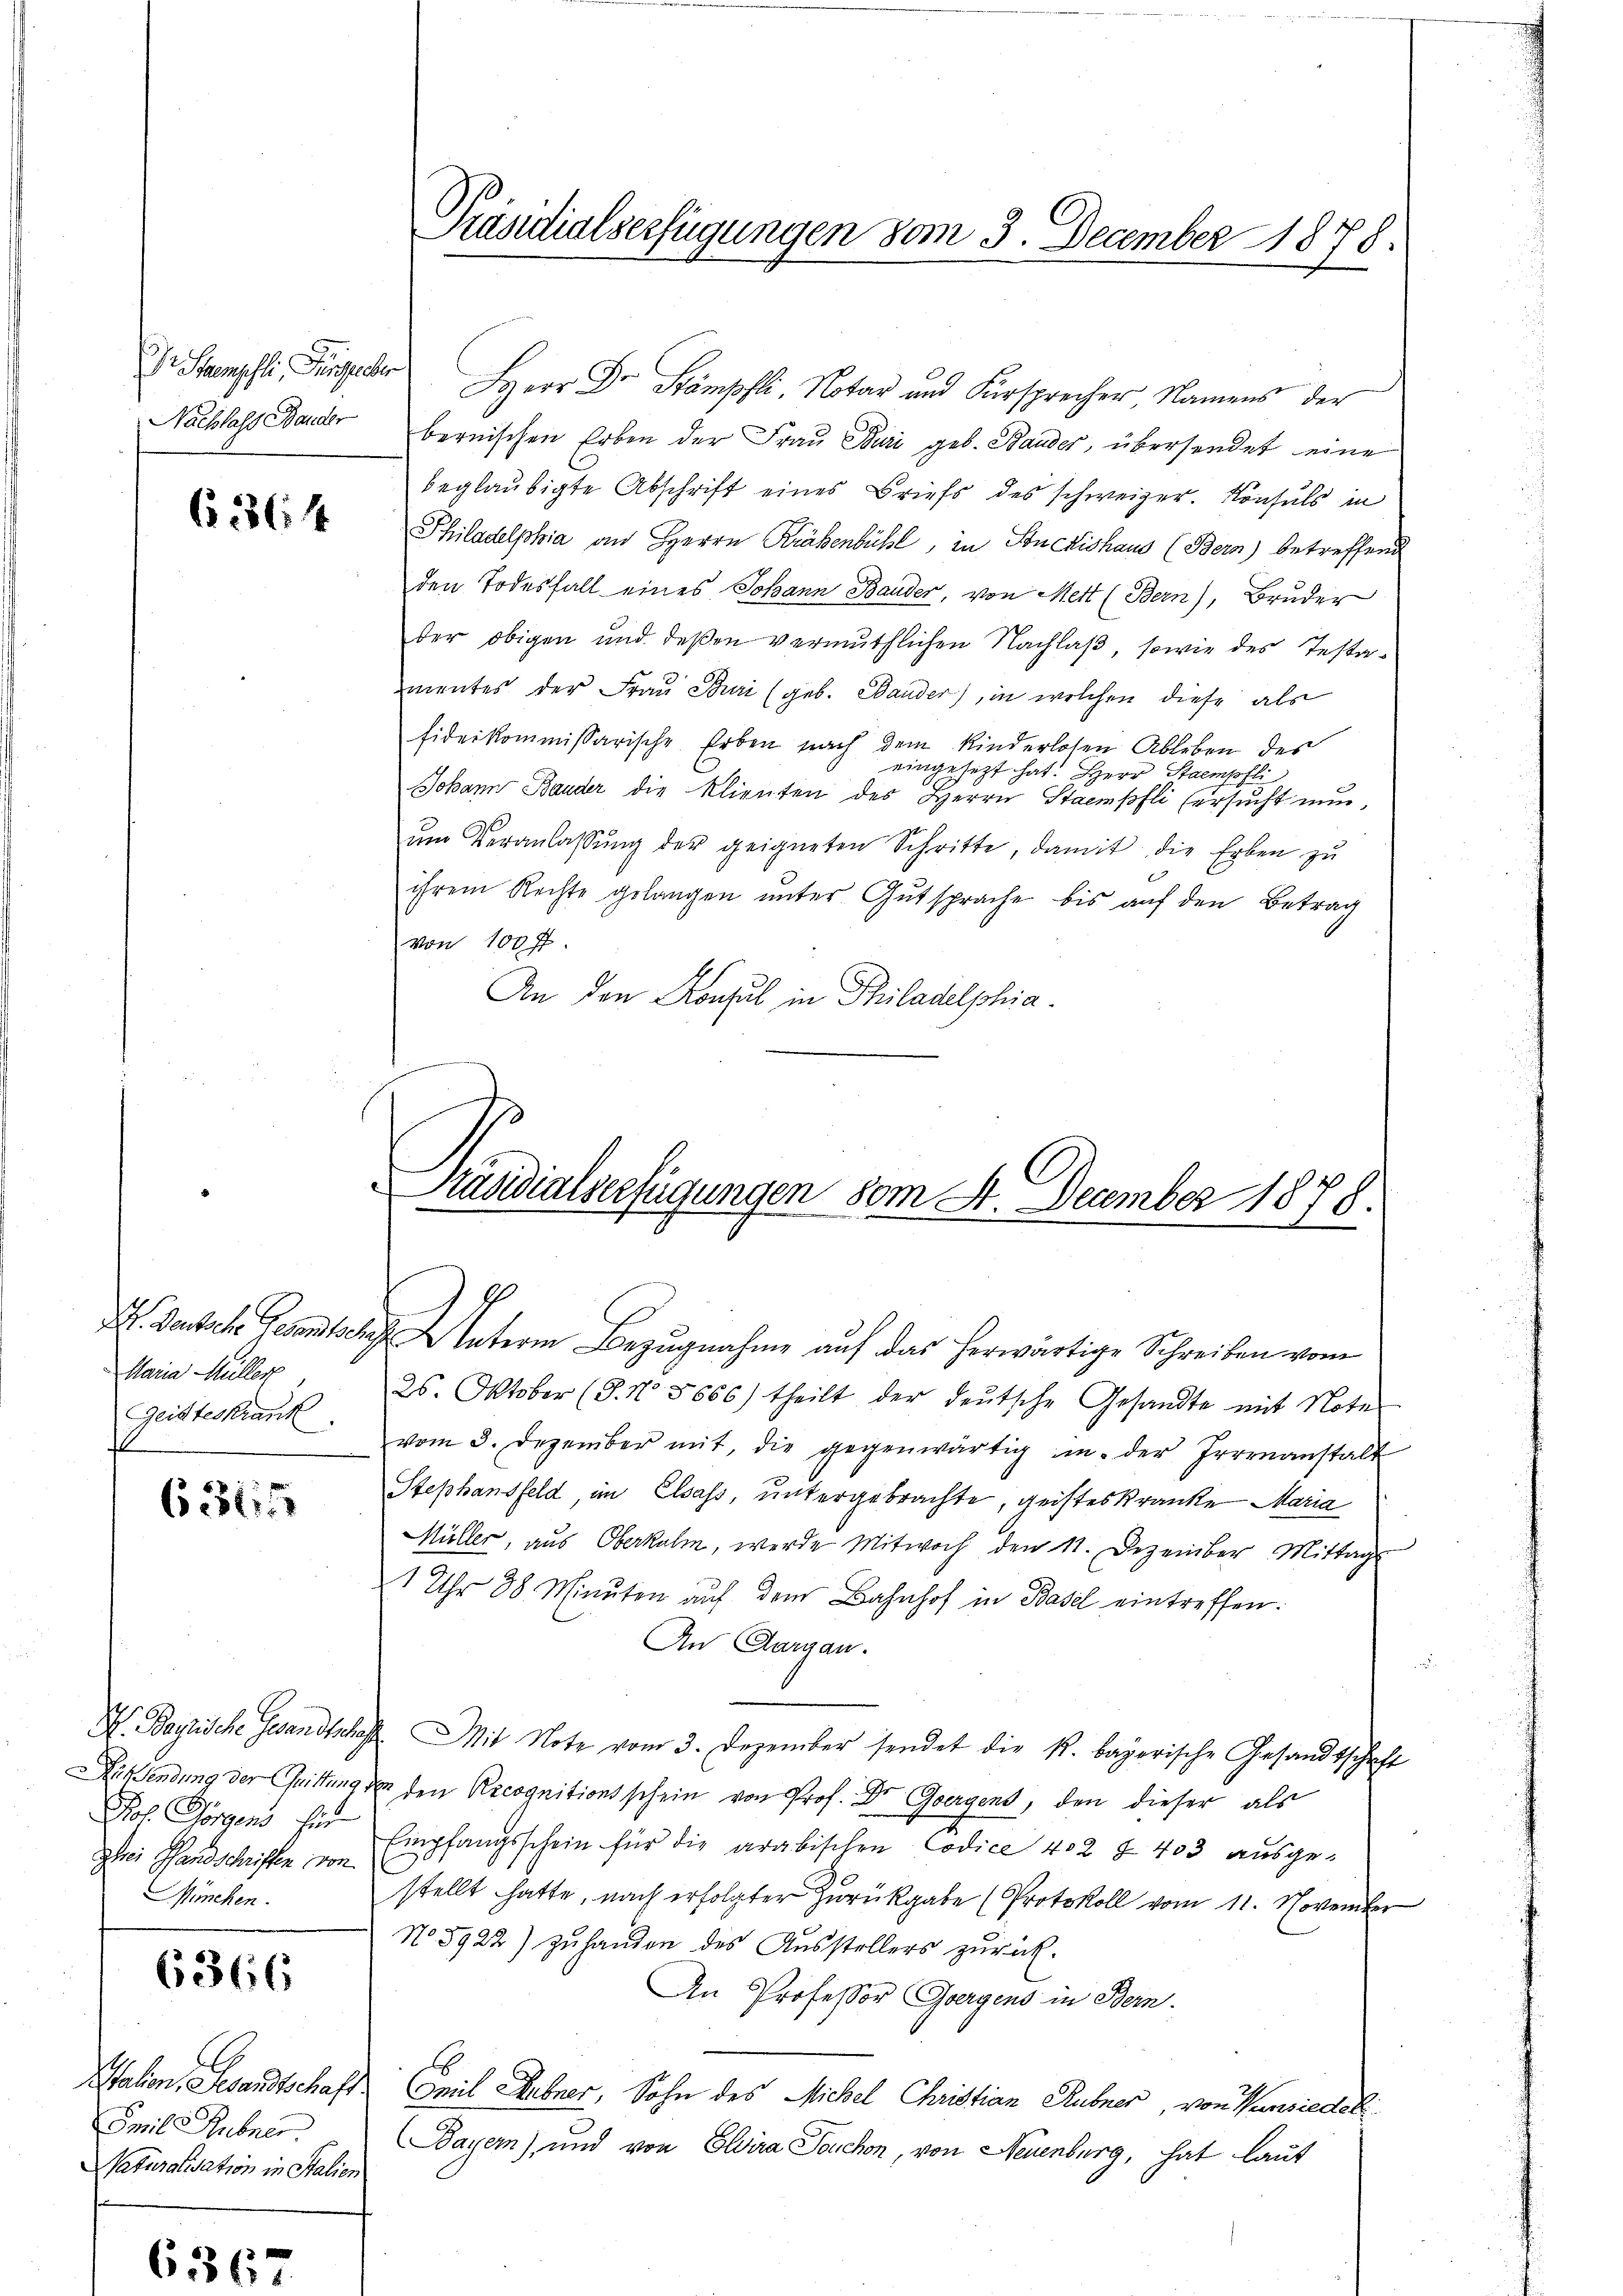
Dr. Stempeli, Dingescher
Nachlass Bander

6386 f

Maria Müller
Geisteskrank

63115

Pol. Horgens für
ghei Handschriften von
München.

6366

Emil Hübner
Naturalisation in Stalien

6
i

Präsidialserfügungen vom 3. December 1878.

Herr Dr. Stämpfli, Notar und Fürsprecher Namens der
bernischen Erben der Frau Buri geb. Bauder, übersendet eine
beglaubigte Abschrift eines Briefs des schweizer. Konsuls in
Philadelphia an Herrn Krähenbühl, in Stuckishaus (Bern) betreffend
den Todesfall eines Johann Bauder, von Mett (Bern), Bruder
der obigen und deßen vermuthlichen Nachlaß, sowie des Testa-
mentes der Frau Buri (geb. Bander), in welchen diese als
fideikommissarische Erben nach dem Kinderlosen Ableben des
eingesetzt hat. Herr Staempfli
Johann Bauder die Klienten des Herrn Stampfli (ersŭcht nun,
zŭm Veranlassŭng der geigneten Schritte, damit die Erben zu
ihrem Rechte gelangen unter Gutsprache bis auf den Betrag
von 100 ff.
An den Konsul in Philadelphia

Präsidialverfügungen vom 4. December 1878.
.

I. Deutsche Gesetzterm Bezugnahme auf das herwärtige Schreiben vom
25. Oktober (8. No. 5666) theilt der deutsche Gesandte mit Note
vom 3. Dezember mit, die gegenwärtig in der Irrenanstalt
Stephansfeld, im Elsass, untergebrachte, geisteskranke Maria
Müller, aus Oberkulm, werde Mitwoch den 11. Dezember Mittags
1 Uhr 88 Minuten auf dem Bahnhof in Basel eintreffen.
An Aargau.
.
V. Baptische Gesandtschaft. Mit Note vom 3. Dezember sendet die k. bayerische Gesandtschaft
Dissendung der Chrittung der den Recognitionsschein von Prof. Dr Ghergens, den dieser als
Empfangsschein für die arabischen Codice 402 & 403 aŭsge-
stellt hatte, nach erfolgter Zurückgabe (Protokoll vom 11. November
No 5922) zuhanden des Ausstellers zurück.
An Professor Geergens in Bern.
Station, Gesandtschaft Emil Gebrer, Sohn des Michel Christian Rubner, von Verwiedel
Bayern) und von Eldira Teuchen, von Neuenburg, hat laut